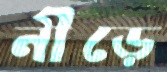
নীড়ে